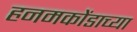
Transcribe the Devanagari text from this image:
हनमकोंडाच्या